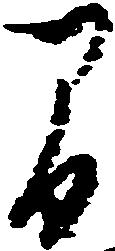
間